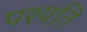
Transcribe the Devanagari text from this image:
पश्यति